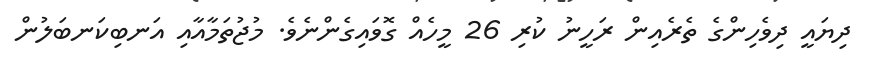
ދިޔައީ ދިވެހިންގެ ތެރެއިން ރަހީނު ކުރި 26 މީހެއް ގޮވައިގެންނެވެ. މުޖުތަމާއާއި އަނބިކަނބަލުން